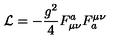
{ \cal L } = - \frac { g ^ { 2 } } { 4 } F _ { \mu \nu } ^ { a } F _ { a } ^ { \mu \nu }